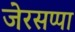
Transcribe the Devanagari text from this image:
जेरसप्पा